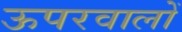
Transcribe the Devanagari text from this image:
ऊपरवालों